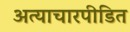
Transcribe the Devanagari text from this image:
अत्याचारपीडित